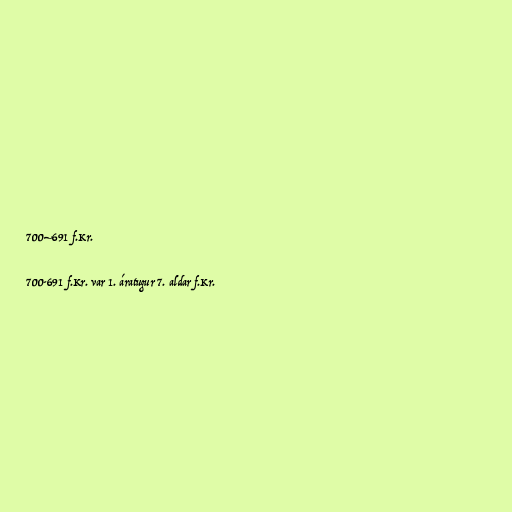
700–691 f.Kr.

700-691 f.Kr. var 1. áratugur 7. aldar f.Kr.